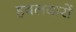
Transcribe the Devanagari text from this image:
हवलदारों